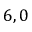
6 , 0